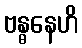
ဗန္ဓနေဟိ